Civil Veterinary Dept. North-West Frontier Province 1923-32 - 1923-1932
Year: 1923
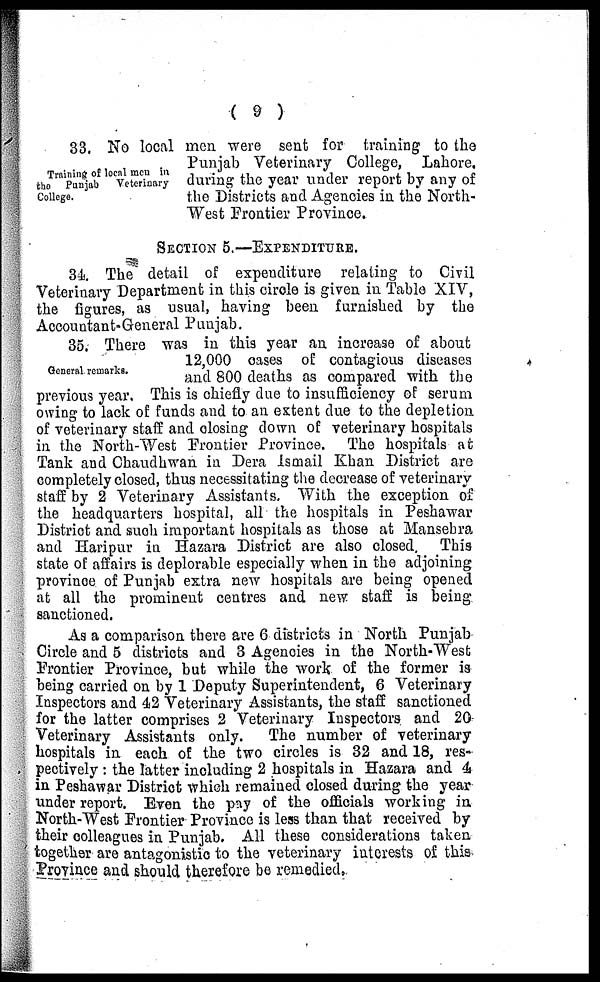
( 9 )
Training of local men in
the Punjab
Veterinary
College.
33. No local men were sent for training to the
Punjab Veterinary College, Lahore,
during the year under report by any of
the Districts and Agencies in the North-
West Frontier Province.
SECTION 5.—EXPENDITURE.
34. The detail of expenditure relating to Civil
Veterinary Department in this circle is given in Table XIV,
the figures, as usual, having been furnished by the
Accountant-General Punjab.
General remarks.
35. There was in this year an increase of about
12,000 cases of contagious diseases
and 800 deaths as compared with the
previous year. This is chiefly due to insufficiency of serum
owing to lack of funds and to an extent due to the depletion
of veterinary staff and closing down of veterinary hospitals
in the North-West Frontier Province. The hospitals at
Tank and Chaudhwan in Dera Ismail Khan District are
completely closed, thus necessitating the decrease of veterinary
staff by 2 Veterinary Assistants. With the exception of
the headquarters hospital, all the hospitals in Peshawar
District and such important hospitals as those at Mansebra
and Haripur in Hazara District are also closed. This
state of affairs is deplorable especially when in the adjoining
province of Punjab extra new hospitals are being opened
at all the prominent centres and new staff is being
sanctioned.
As a comparison there are 6 districts in North Punjab
Circle and 5 districts and 3 Agencies in the North-West
Frontier Province, but while the work of the former is
being carried on by 1 Deputy Superintendent, 6 Veterinary
Inspectors and 42 Veterinary Assistants, the staff sanctioned
for the latter comprises 2 Veterinary Inspectors and 20
Veterinary Assistants only.
The number of veterinary
hospitals in each of the two circles is 32 and 18, res-
pectively: the latter including 2 hospitals in Hazara and 4
in Peshawar District which remained closed during the year
under report. Even the pay of the officials working in
North-West Frontier Province is less than that received by
their colleagues in Punjab. All these considerations taken
together are antagonistic to the veterinary interests of this
Province and should therefore be remedied.